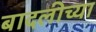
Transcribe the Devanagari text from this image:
बादलीच्या